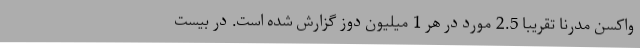
واکسن مدرنا تقریبا 2.5 مورد در هر 1 میلیون دوز گزارش شده است. در بیست